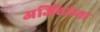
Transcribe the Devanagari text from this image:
अजिंठांच्या